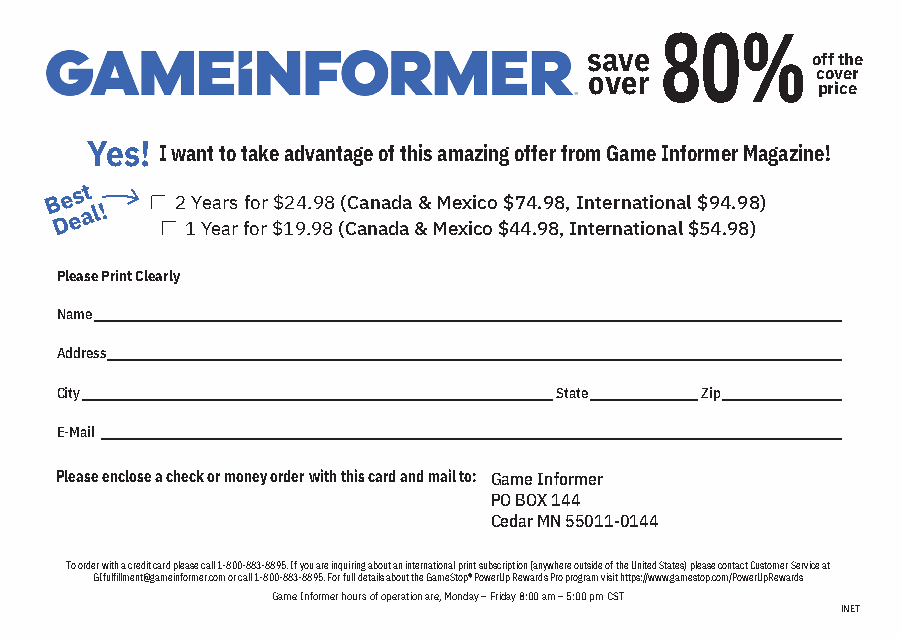
80%
 save           off the
 over           cover
 price
 ®
 Yes! I want to take advantage of this amazing offer from Game Informer Magazine!
 B De es at
 l!
 ■■
 ■■
 2
 1
 Y Ye ea ars
 r
 ff oo rr $$ 12 94 .. 99 88 (( CC aa nn aa dd aa && MM ee xx ii cc oo
 $
 $ 47 44 .9.9 88
 ,
 ,
 I
 I nn tete rnrn aa tit oio nn aa
 l
 l
 $
 $ 59 44 .9.9 88 ))
 Please Print Clearly
 Name _______________________________________________________________________________________________________________________
 Address _____________________________________________________________________________________________________________________
 City ___________________________________________________________________________State _________________Zip ___________________
 E-Mail ______________________________________________________________________________________________________________________
 Please enclose a check or money order with this card and mail to: Game Informer
 PO BOX 144
 Cedar MN 55011-0144
 To order with a credit card please call 1-800-883-8895. If you are inquiring about an international print subscription (anywhere outside of the United States) please contact Customer Service at
 GIfulfillment@gameinformer.com or call 1-800-883-8895. For full details about the GameStop® PowerUp Rewards Pro program visit https://www.gamestop.com/PowerUpRewards
 Game Informer hours of operation are, Monday – Friday 8:00 am – 5:00 pm CST
 INET